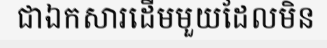
ជាឯកសារដើមមួយដែលមិន